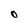
Character: O